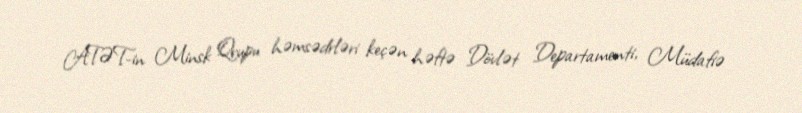
ATƏT-in Minsk Qrupu həmsədrləri keçən həftə Dövlət Departamenti, Müdafiə